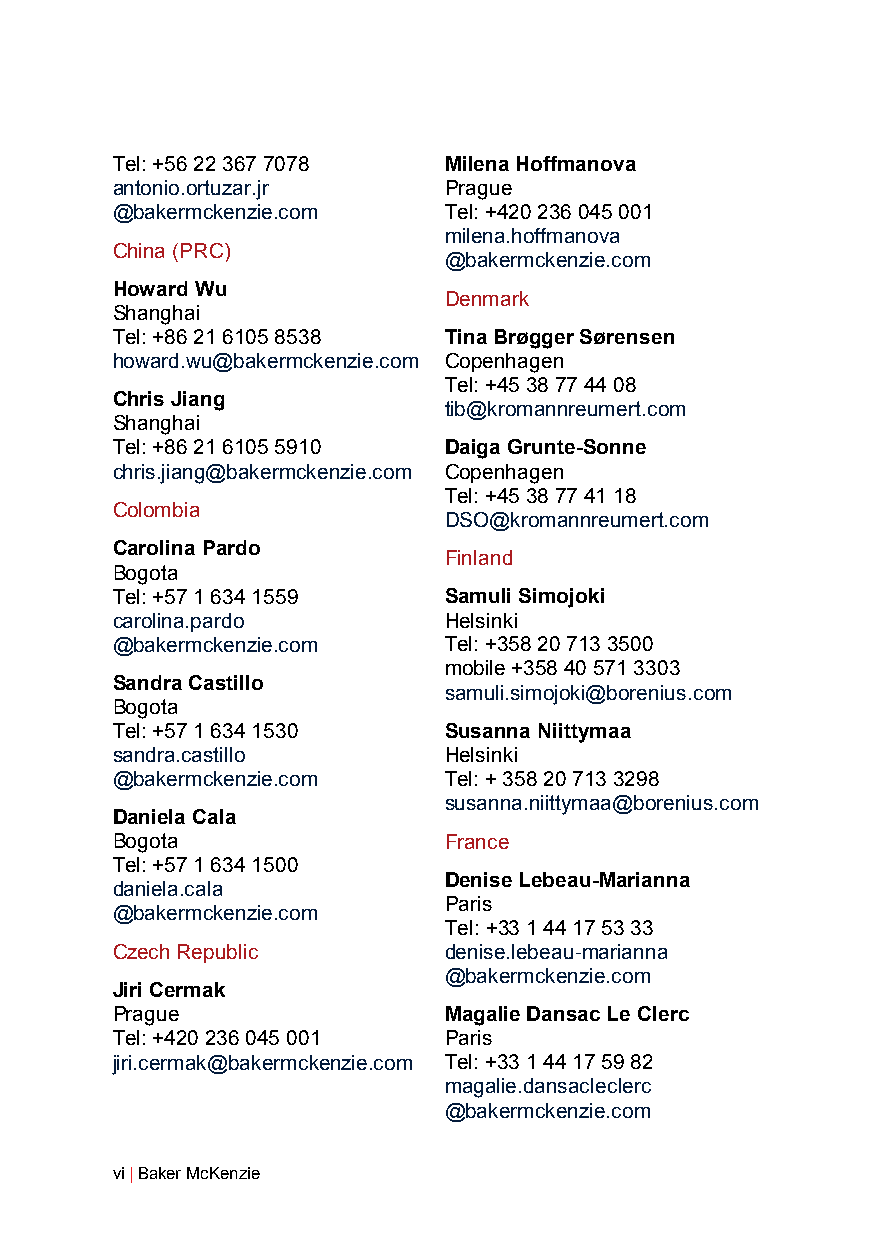
Tel: +56 22 367 7078  Milena Hoffmanova
 antonio.ortuzar.jr    Prague
 @bakermckenzie.com    Tel: +420 236 045 001
 milena.hoffmanova
 China (PRC)
 @bakermckenzie.com
 Howard Wu
 Denmark
 Shanghai
 Tel: +86 21 6105 8538 Tina Brøgger Sørensen
 howard.wu@bakermckenzie.com Copenhagen
 Tel: +45 38 77 44 08
 Chris Jiang
 tib@kromannreumert.com
 Shanghai
 Tel: +86 21 6105 5910 Daiga Grunte-Sonne
 chris.jiang@bakermckenzie.com Copenhagen
 Tel: +45 38 77 41 18
 Colombia
 DSO@kromannreumert.com
 Carolina Pardo
 Finland
 Bogota
 Tel: +57 1 634 1559   Samuli Simojoki
 carolina.pardo        Helsinki
 @bakermckenzie.com    Tel: +358 20 713 3500
 mobile +358 40 571 3303
 Sandra Castillo
 samuli.simojoki@borenius.com
 Bogota
 Tel: +57 1 634 1530   Susanna Niittymaa
 sandra.castillo       Helsinki
 @bakermckenzie.com    Tel: + 358 20 713 3298
 susanna.niittymaa@borenius.com
 Daniela Cala
 Bogota                France
 Tel: +57 1 634 1500
 Denise Lebeau-Marianna
 daniela.cala
 Paris
 @bakermckenzie.com
 Tel: +33 1 44 17 53 33
 Czech Republic        denise.lebeau-marianna
 @bakermckenzie.com
 Jiri Cermak
 Prague                Magalie Dansac Le Clerc
 Tel: +420 236 045 001 Paris
 jiri.cermak@bakermckenzie.com Tel: +33 1 44 17 59 82
 magalie.dansacleclerc
 @bakermckenzie.com
 vi | Baker McKenzie